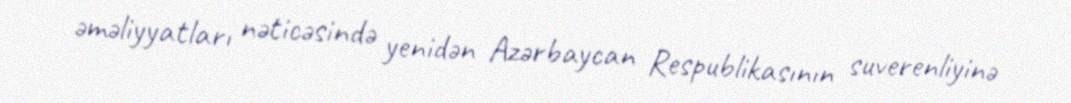
əməliyyatları nəticəsində yenidən Azərbaycan Respublikasının suverenliyinə